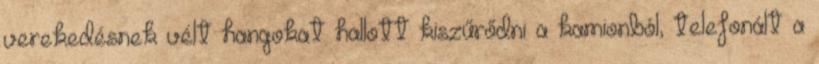
verekedésnek vélt hangokat hallott kiszűrődni a kamionból, telefonált a